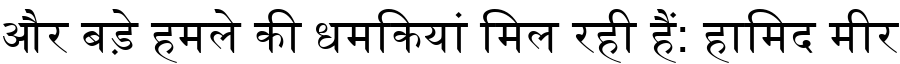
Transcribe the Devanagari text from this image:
और बड़े हमले की धमकियां मिल रही हैं: हामिद मीर